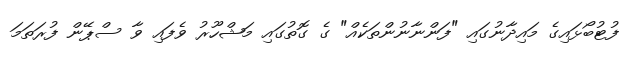
ފުޓުބޯޅައިގެ މައިދާނުގައި "ފަންނާނުންތަކެއް" ގެ ގޮތުގައި މަޝްހޫރު ވެފައި ވާ ސްޕޭން ފުރަތަމަ